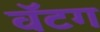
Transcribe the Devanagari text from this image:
वॅटग